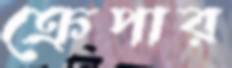
ক্রেপার